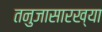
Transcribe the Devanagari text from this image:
तनुजासारख्या